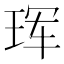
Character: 珲